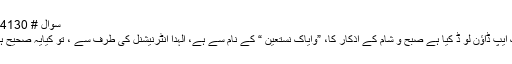
سوال # 174130
ایک ایپ ڈاؤن لو ڈ کیا ہے صبح و شام کے اذکار کا، ”وایاک نستعین “ کے نام سے ہے، الہدا انٹرنیشنل کی طرف سے ، تو کیایہ صحیح ہے؟